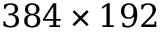
3 8 4 \times 1 9 2